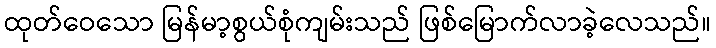
ထုတ်ဝေသော မြန်မာ့စွယ်စုံကျမ်းသည် ဖြစ်မြောက်လာခဲ့လေသည်။